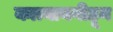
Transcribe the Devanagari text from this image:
कात्यायनीहून